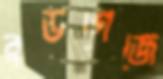
ব্রডগেজে